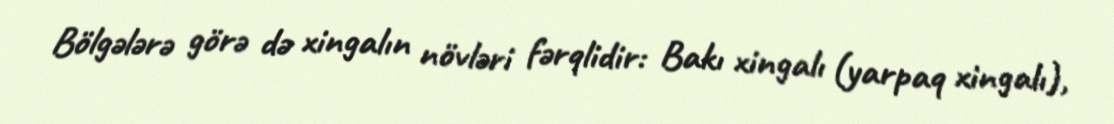
Bölgələrə görə də xingalın növləri fərqlidir: Bakı xingalı (yarpaq xingalı),